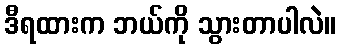
ဒီရထားက ဘယ်ကို သွားတာပါလဲ။